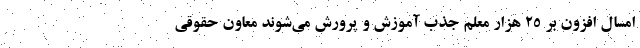
امسال افزون بر ۲۵ هزار معلم جذب آموزش و پرورش می‌شوند معاون حقوقی